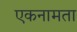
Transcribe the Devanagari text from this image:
एकनामता